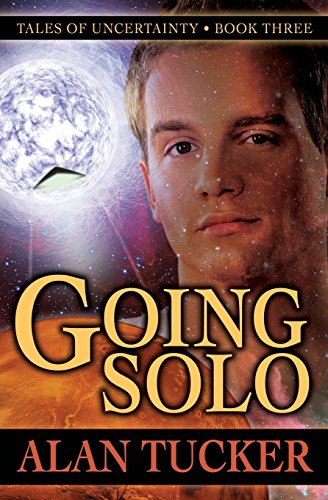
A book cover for Going Solo; Alan Tucker; Science Fiction & Fantasy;